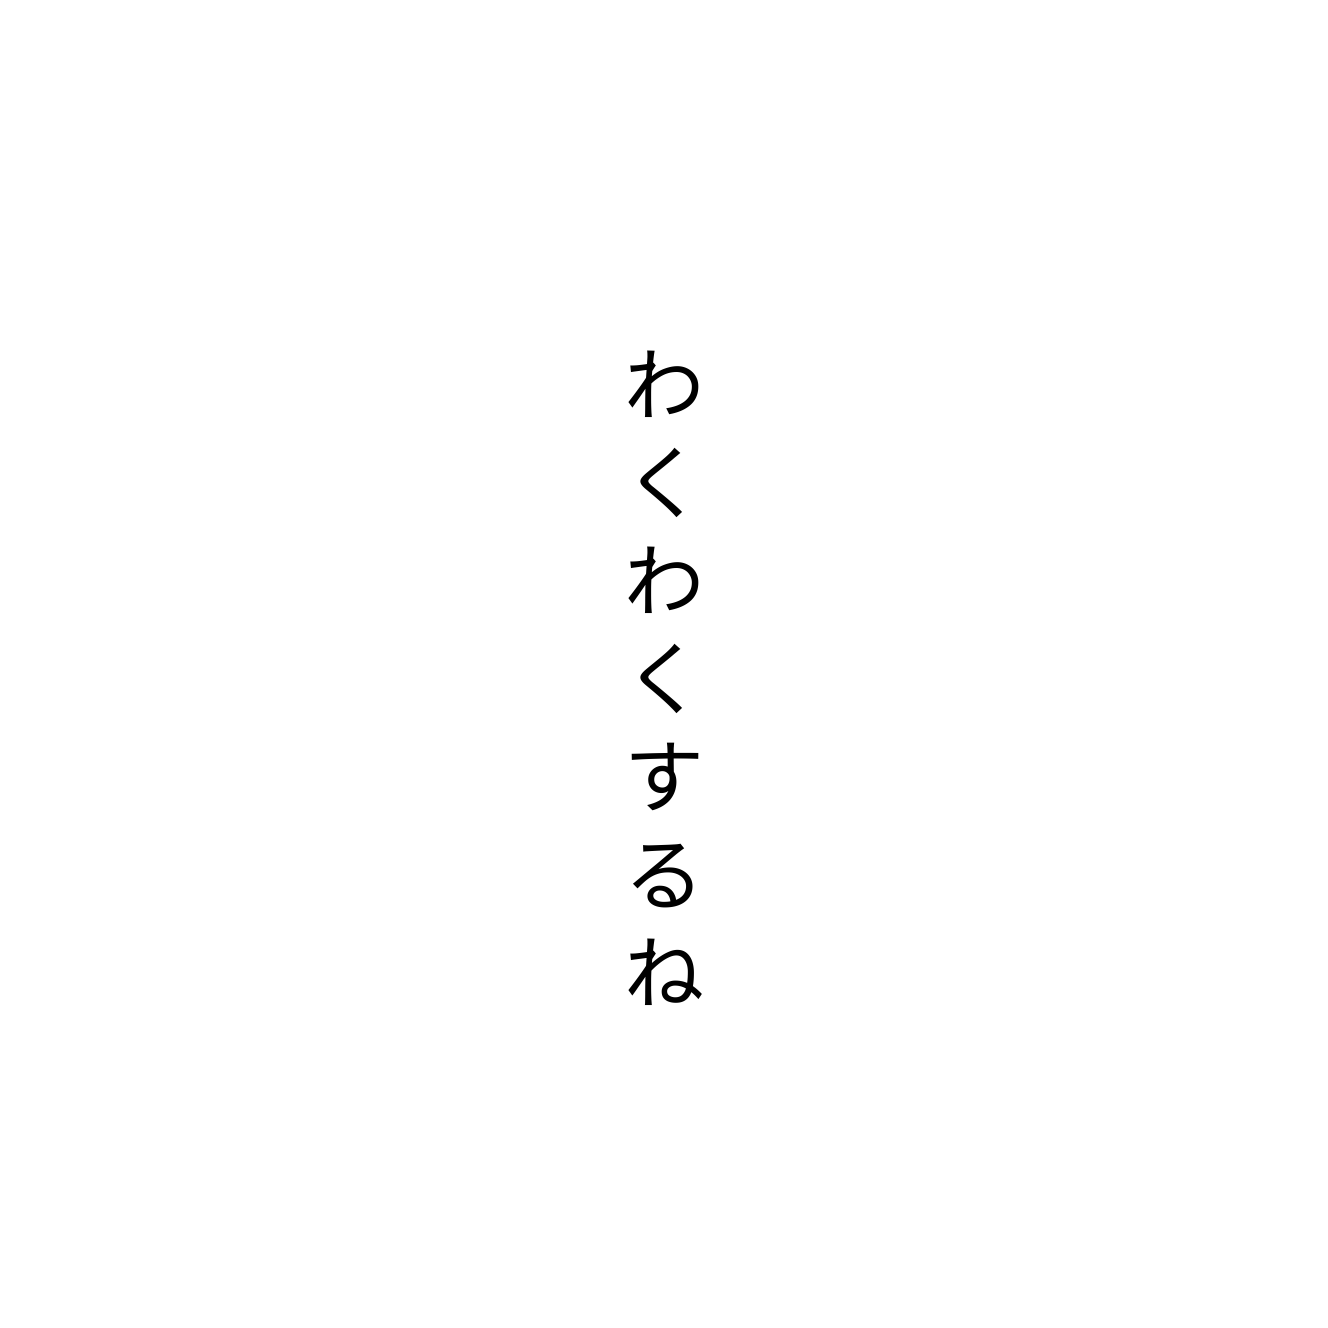
わくわくするね